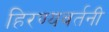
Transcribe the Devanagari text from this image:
हिरण्यवर्तनी